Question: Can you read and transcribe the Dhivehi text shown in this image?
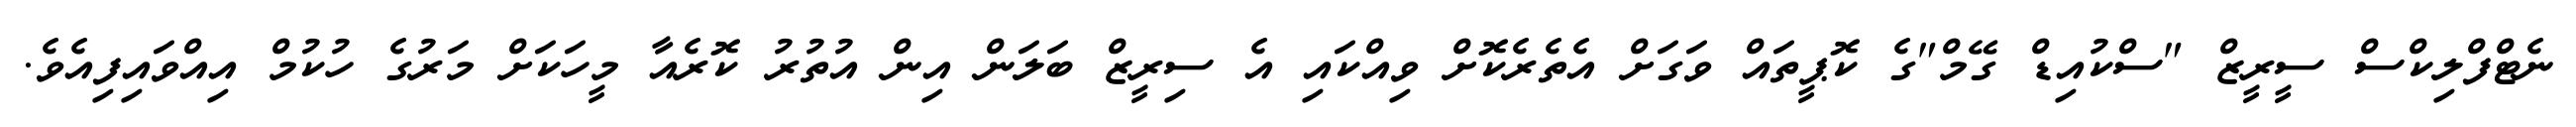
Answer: ނެޓްފްލިކްސް ސީރީޒް "ސްކުއިޑް ގޭމް"ގެ ކޮޕީތައް ވަގަށް އެތެރެކޮށް ވިއްކައި އެ ސިރީޒް ބަލަން އިން އުތުރު ކޮރެއާ މީހަކަށް މަރުގެ ހުކުމް އިއްވައިފިއެވެ.